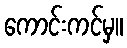
ကောင်းကင်မှ။